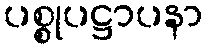
ပစ္စုပဋ္ဌာပနာ